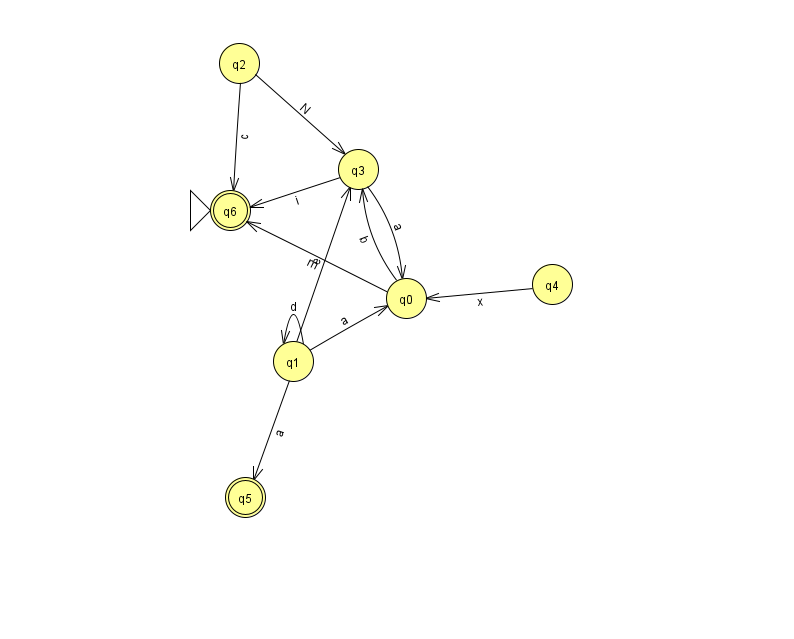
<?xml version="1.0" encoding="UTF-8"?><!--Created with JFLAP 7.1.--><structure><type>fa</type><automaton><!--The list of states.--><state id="0" name="q0"><x>406.0</x><y>285.0</y></state><state id="1" name="q1"><x>293.0</x><y>348.0</y></state><state id="2" name="q2"><x>239.0</x><y>50.0</y></state><state id="3" name="q3"><x>358.0</x><y>156.0</y></state><state id="4" name="q4"><x>552.0</x><y>271.0</y></state><state id="5" name="q5"><x>245.0</x><y>484.0</y><final/></state><state id="6" name="q6"><x>230.0</x><y>197.0</y><initial/><final/></state><!--The list of transitions.--><transition><from>0</from><to>6</to><read>m</read></transition><transition><from>3</from><to>6</to><read>i</read></transition><transition><from>1</from><to>0</to><read>a</read></transition><transition><from>1</from><to>1</to><read>d</read></transition><transition><from>4</from><to>0</to><read>x</read></transition><transition><from>0</from><to>3</to><read>b</read></transition><transition><from>3</from><to>0</to><read>a</read></transition><transition><from>1</from><to>3</to><read>e</read></transition><transition><from>1</from><to>5</to><read>a</read></transition><transition><from>2</from><to>3</to><read>N</read></transition><transition><from>2</from><to>6</to><read>c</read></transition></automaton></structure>